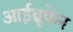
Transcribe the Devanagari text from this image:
आईब्रूफेन